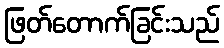
ဖြတ်တောက်ခြင်းသည်